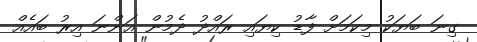
ގިނަ ބަޔަކު މިކަމަށް ފާޑު ކިޔައި ރައްދު ދެމުން އަންނަ އިރު ބައެއް